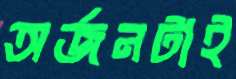
অর্জনটাই